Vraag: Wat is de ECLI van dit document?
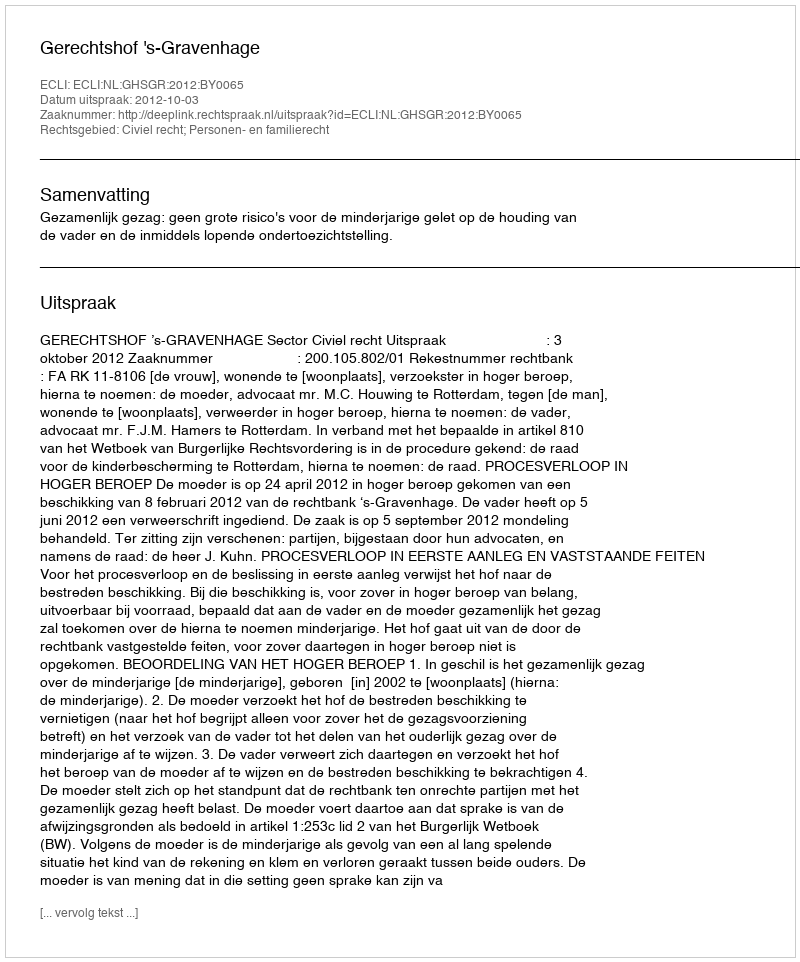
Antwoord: ECLI:NL:GHSGR:2012:BY0065